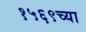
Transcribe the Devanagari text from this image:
१५६९च्या